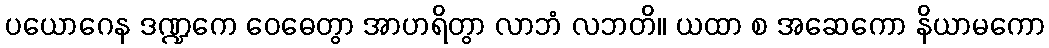
ပယောဂေန ဒဏ္ဍကေ ဝေဓေတွာ အာဟရိတွာ လာဘံ လဘတိ။ ယထာ စ အဆေကော နိယာမကော